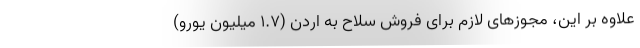
علاوه بر این، مجوزهای لازم برای فروش سلاح به اردن (۱.۷ میلیون یورو)